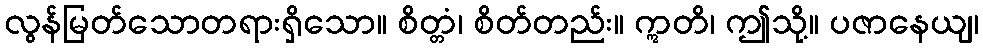
လွန်မြတ်သောတရားရှိသော။ စိတ္တံ၊ စိတ်တည်း။ ဣတိ၊ ဤသို့။ ပဇာနေယျ၊